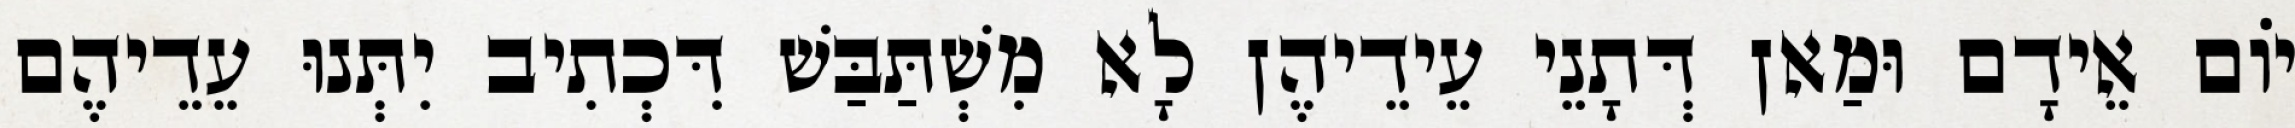
יוֹם אֵידָם וּמַאן דְּתָנֵי עֵידֵיהֶן לָא מִשְׁתַּבַּשׁ דִּכְתִיב יִתְּנוּ עֵדֵיהֶם